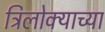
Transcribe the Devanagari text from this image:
त्रिलोक्याच्या